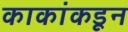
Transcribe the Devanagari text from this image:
काकांकडून